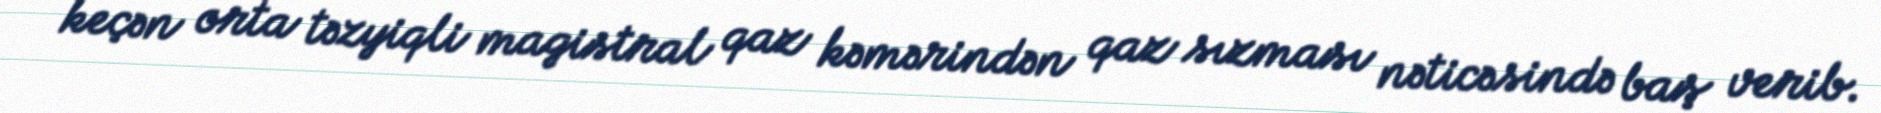
keçən orta təzyiqli magistral qaz kəmərindən qaz sızması nəticəsində baş verib.